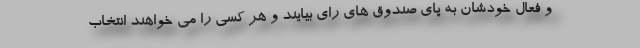
و فعال خودشان به پای صندوق های رای بیایند و هر کسی را می خواهند انتخاب